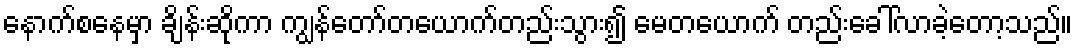
နောက်စနေမှာ ချိန်းဆိုကာ ကျွန်တော်တယောက်တည်းသွား၍ မေတယောက် တည်းခေါ်လာခဲ့တော့သည်။